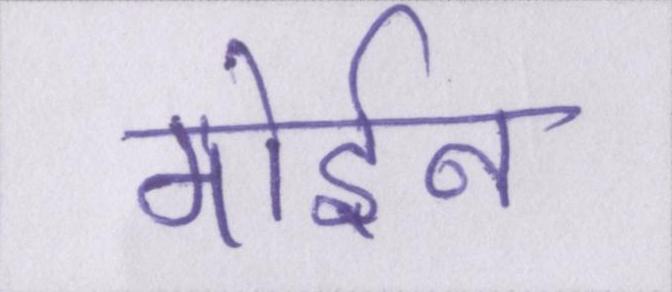
मोईन